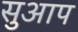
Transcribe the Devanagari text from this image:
सुआप